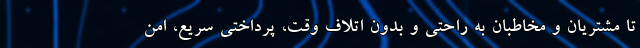
تا مشتریان و مخاطبان به راحتی و بدون اتلاف وقت، پرداختی سریع، امن